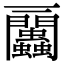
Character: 𧖔